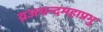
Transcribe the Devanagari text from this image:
व्रजचन्दमहाप्रभु